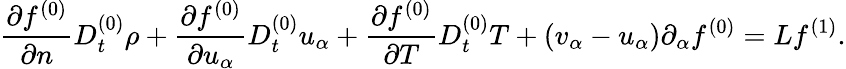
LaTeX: \frac{\partial f^{(0)}}{\partial n}D_{t}^{(0)}\rho+\frac{\partial f^{(0)}}{\partial u_{\alpha}}D_{t}^{(0)}u_{\alpha}+\frac{\partial f^{(0)}}{\partial T}D_{t}^{(0)}T+(v_{\alpha}-u_{\alpha})\partial_{\alpha}f^{(0)}=Lf^{(1)}.